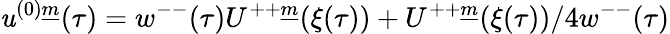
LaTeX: \mathit{u}^{(0)\underline{{{{m}}}}}(\tau)=w^{--}(\tau)U^{++\underline{{{{m}}}}}(\xi(\tau))+U^{++\underline{{{{m}}}}}(\xi(\tau))/4w^{--}(\tau)